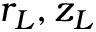
r _ { L } , z _ { L }